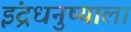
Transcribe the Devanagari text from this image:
इंद्रधनुष्याला